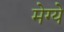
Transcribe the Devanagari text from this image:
मेग्ये